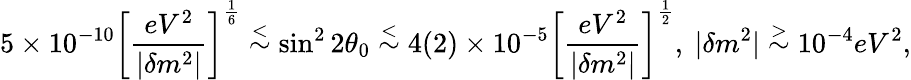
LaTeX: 5\times 10^{-10}\left[{\frac{eV^{2}}{|\delta m^{2}|}}\right]^{\frac{1}{6}}\stackrel{<}{\sim}\sin^{2}2\theta_{0}\stackrel{<}{\sim}4(2)\times 10^{-5}\left[{\frac{eV^{2}}{|\delta m^{2}|}}\right]^{\frac{1}{2}},\ |\delta m^{2}|\stackrel{>}{\sim}10^{-4}eV^{2},